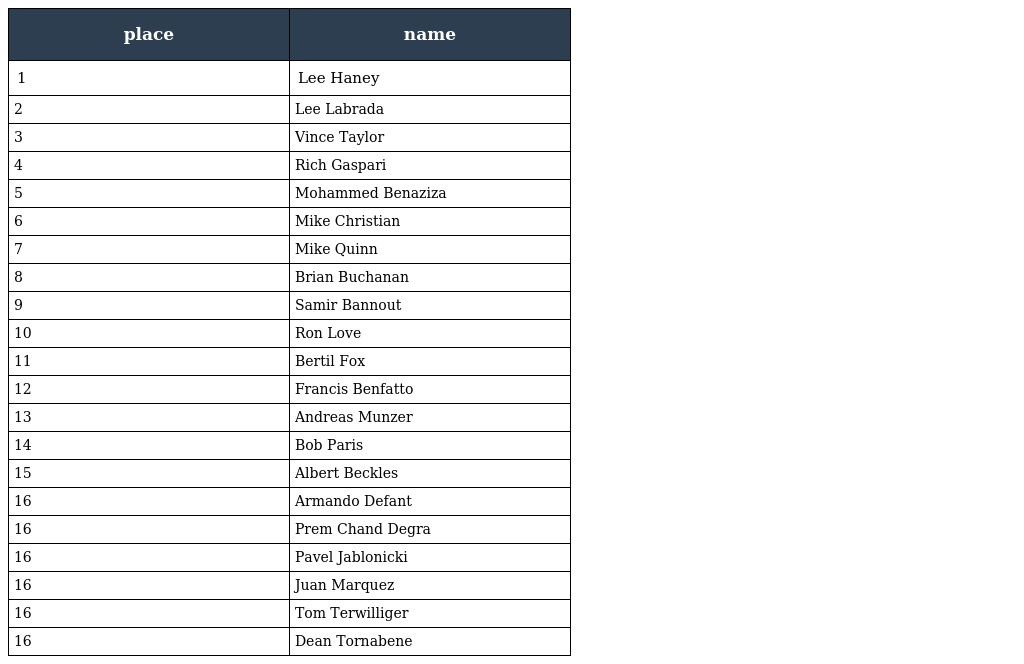
| place | name |
 | --- | --- |
 | 1 | Lee Haney |
 | 2 | Lee Labrada |
 | 3 | Vince Taylor |
 | 4 | Rich Gaspari |
 | 5 | Mohammed Benaziza |
 | 6 | Mike Christian |
 | 7 | Mike Quinn |
 | 8 | Brian Buchanan |
 | 9 | Samir Bannout |
 | 10 | Ron Love |
 | 11 | Bertil Fox |
 | 12 | Francis Benfatto |
 | 13 | Andreas Munzer |
 | 14 | Bob Paris |
 | 15 | Albert Beckles |
 | 16 | Armando Defant |
 | 16 | Prem Chand Degra |
 | 16 | Pavel Jablonicki |
 | 16 | Juan Marquez |
 | 16 | Tom Terwilliger |
 | 16 | Dean Tornabene |